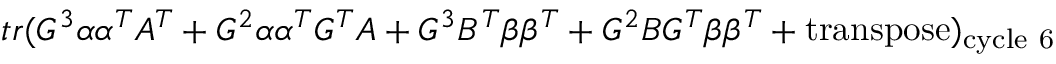
t r ( G ^ { 3 } \alpha \alpha ^ { T } A ^ { T } + G ^ { 2 } \alpha \alpha ^ { T } G ^ { T } A + G ^ { 3 } B ^ { T } \beta \beta ^ { T } + G ^ { 2 } B G ^ { T } \beta \beta ^ { T } + \mathrm { t r a n s p o s e } ) _ { \mathrm { c y c l e ~ 6 } }